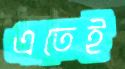
এতেই